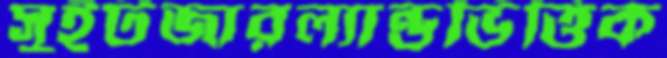
সুইটজারল্যান্ডভিত্তিক